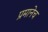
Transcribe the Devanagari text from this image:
प्रमानेच